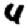
Digit: 4